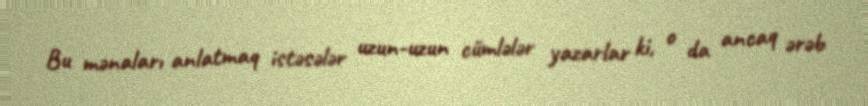
Bu mənaları anlatmaq istəsələr uzun-uzun cümlələr yazarlar ki, o da ancaq ərəb